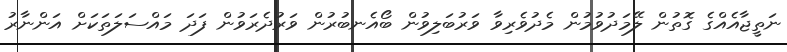
ނަތީޖާއެއްގެ ގޮތުން ލޭމަދުވުމުން މެދުވެރިވާ ވަރުބަލިވުން ބޯއެނބުރުން ވަރުދެރަވުން ފަދަ މައްސަލަތަކަށް އަންނާރު